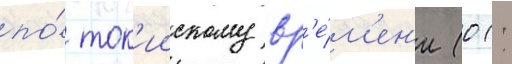
по́ ток'иискому вр'е́м'ен'и (01: